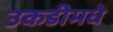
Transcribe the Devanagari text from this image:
उकडीमधे